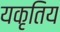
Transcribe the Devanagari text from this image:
यकृतिय